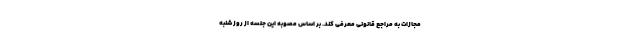
مجازات به مراجع قانونی معرفی کند. بر اساس مصوبه این جلسه از روز شنبه